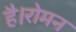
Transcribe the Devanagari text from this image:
है।रोमन